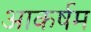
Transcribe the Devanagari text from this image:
आकर्षम